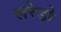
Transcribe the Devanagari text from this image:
लरेडो